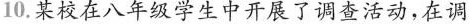
10.某校在八年级学生中开展了调查活动，在调